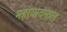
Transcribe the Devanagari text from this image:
महायावनाल